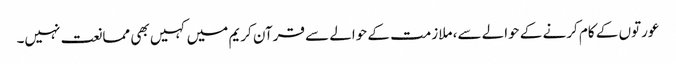
عورتوں کے کام کرنے کے حوالے سے، ملازمت کے حوالے سے قرآن کریم میں کہیں بھی ممانعت نہیں۔